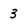
Character: 3